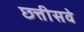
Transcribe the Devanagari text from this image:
छत्तीसवे